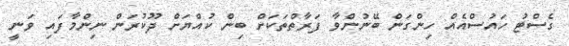
ގެސްޓު ހައުސްއެއް ހިންގަން ބޭނުންވާ ފަރާތްތަކަށް ބިން ކުއްޔަށް ދޫކުރަން ނިންމާފައި ވަނީ